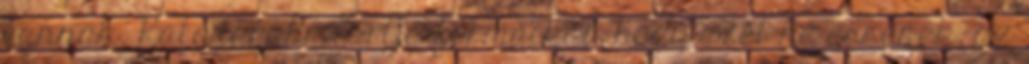
vannak. Katonaruha tartja formáikat, hogy szét ne essenek, az